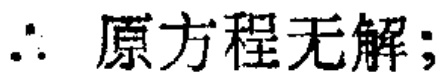
\(\therefore\) 原方程无解；